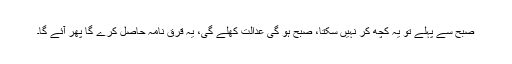
صبح سے پہلے تو یہ کچھ کر نہیں سکتا، صبح ہو گی عدالت کھلے گی، یہ قرق نامہ حاصل کرے گا پھر آئے گا۔